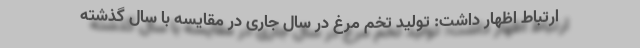
ارتباط اظهار داشت: تولید تخم مرغ در سال جاری در مقایسه با سال گذشته